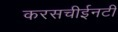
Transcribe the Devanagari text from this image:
करसचीईनटी